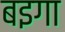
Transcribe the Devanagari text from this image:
बइगा